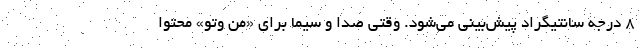
۸ درجه سانتیگراد پیش‌بینی می‌شود. وقتی صدا و سیما برای «من وتو» محتوا